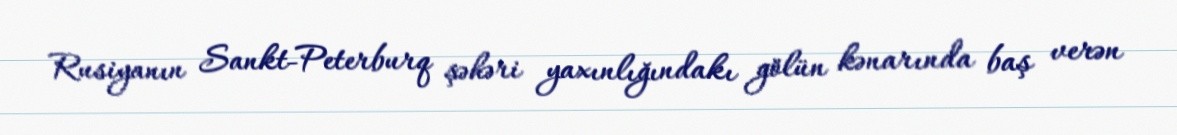
Rusiyanın Sankt-Peterburq şəhəri yaxınlığındakı gölün kənarında baş verən